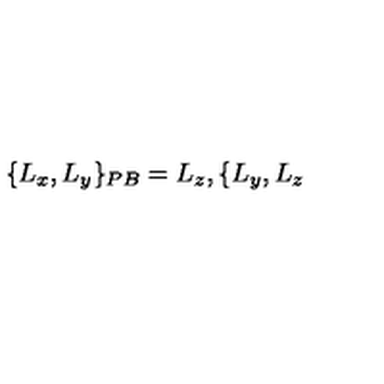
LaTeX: \{ L _ { x } , L _ { y } \} _ { { \footnotesize P B } } = L _ { z } , \{ L _ { y } , L _ { z }